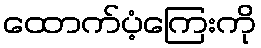
ထောက်ပံ့ကြေးကို